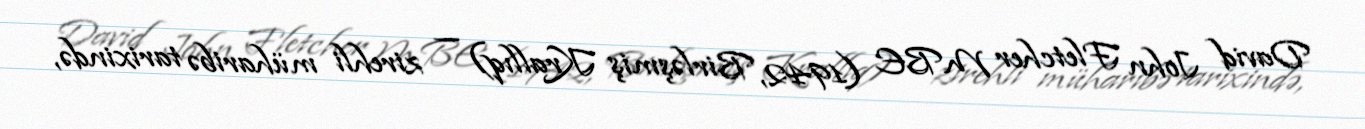
David John Fletcher MBE (1942, Birləşmiş Krallıq) — zirehli müharibə tarixində,